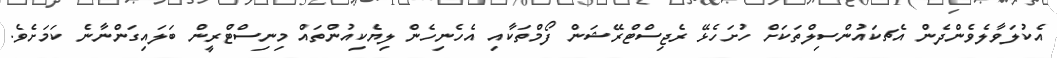
އެކުލަވާލެވެންދެން އެޗކައުންސިލްތަކަށް ހުށަހެޅޭ ރެޖިސްޓްރޭޝަން ފޯމްތަކާއި އެހެނިހެން ލިޔެކިއުންތައް މިިނިސްޓްރީން ބަލައިގަންނާނެ ކަަމަށެވެ.